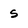
Character: s